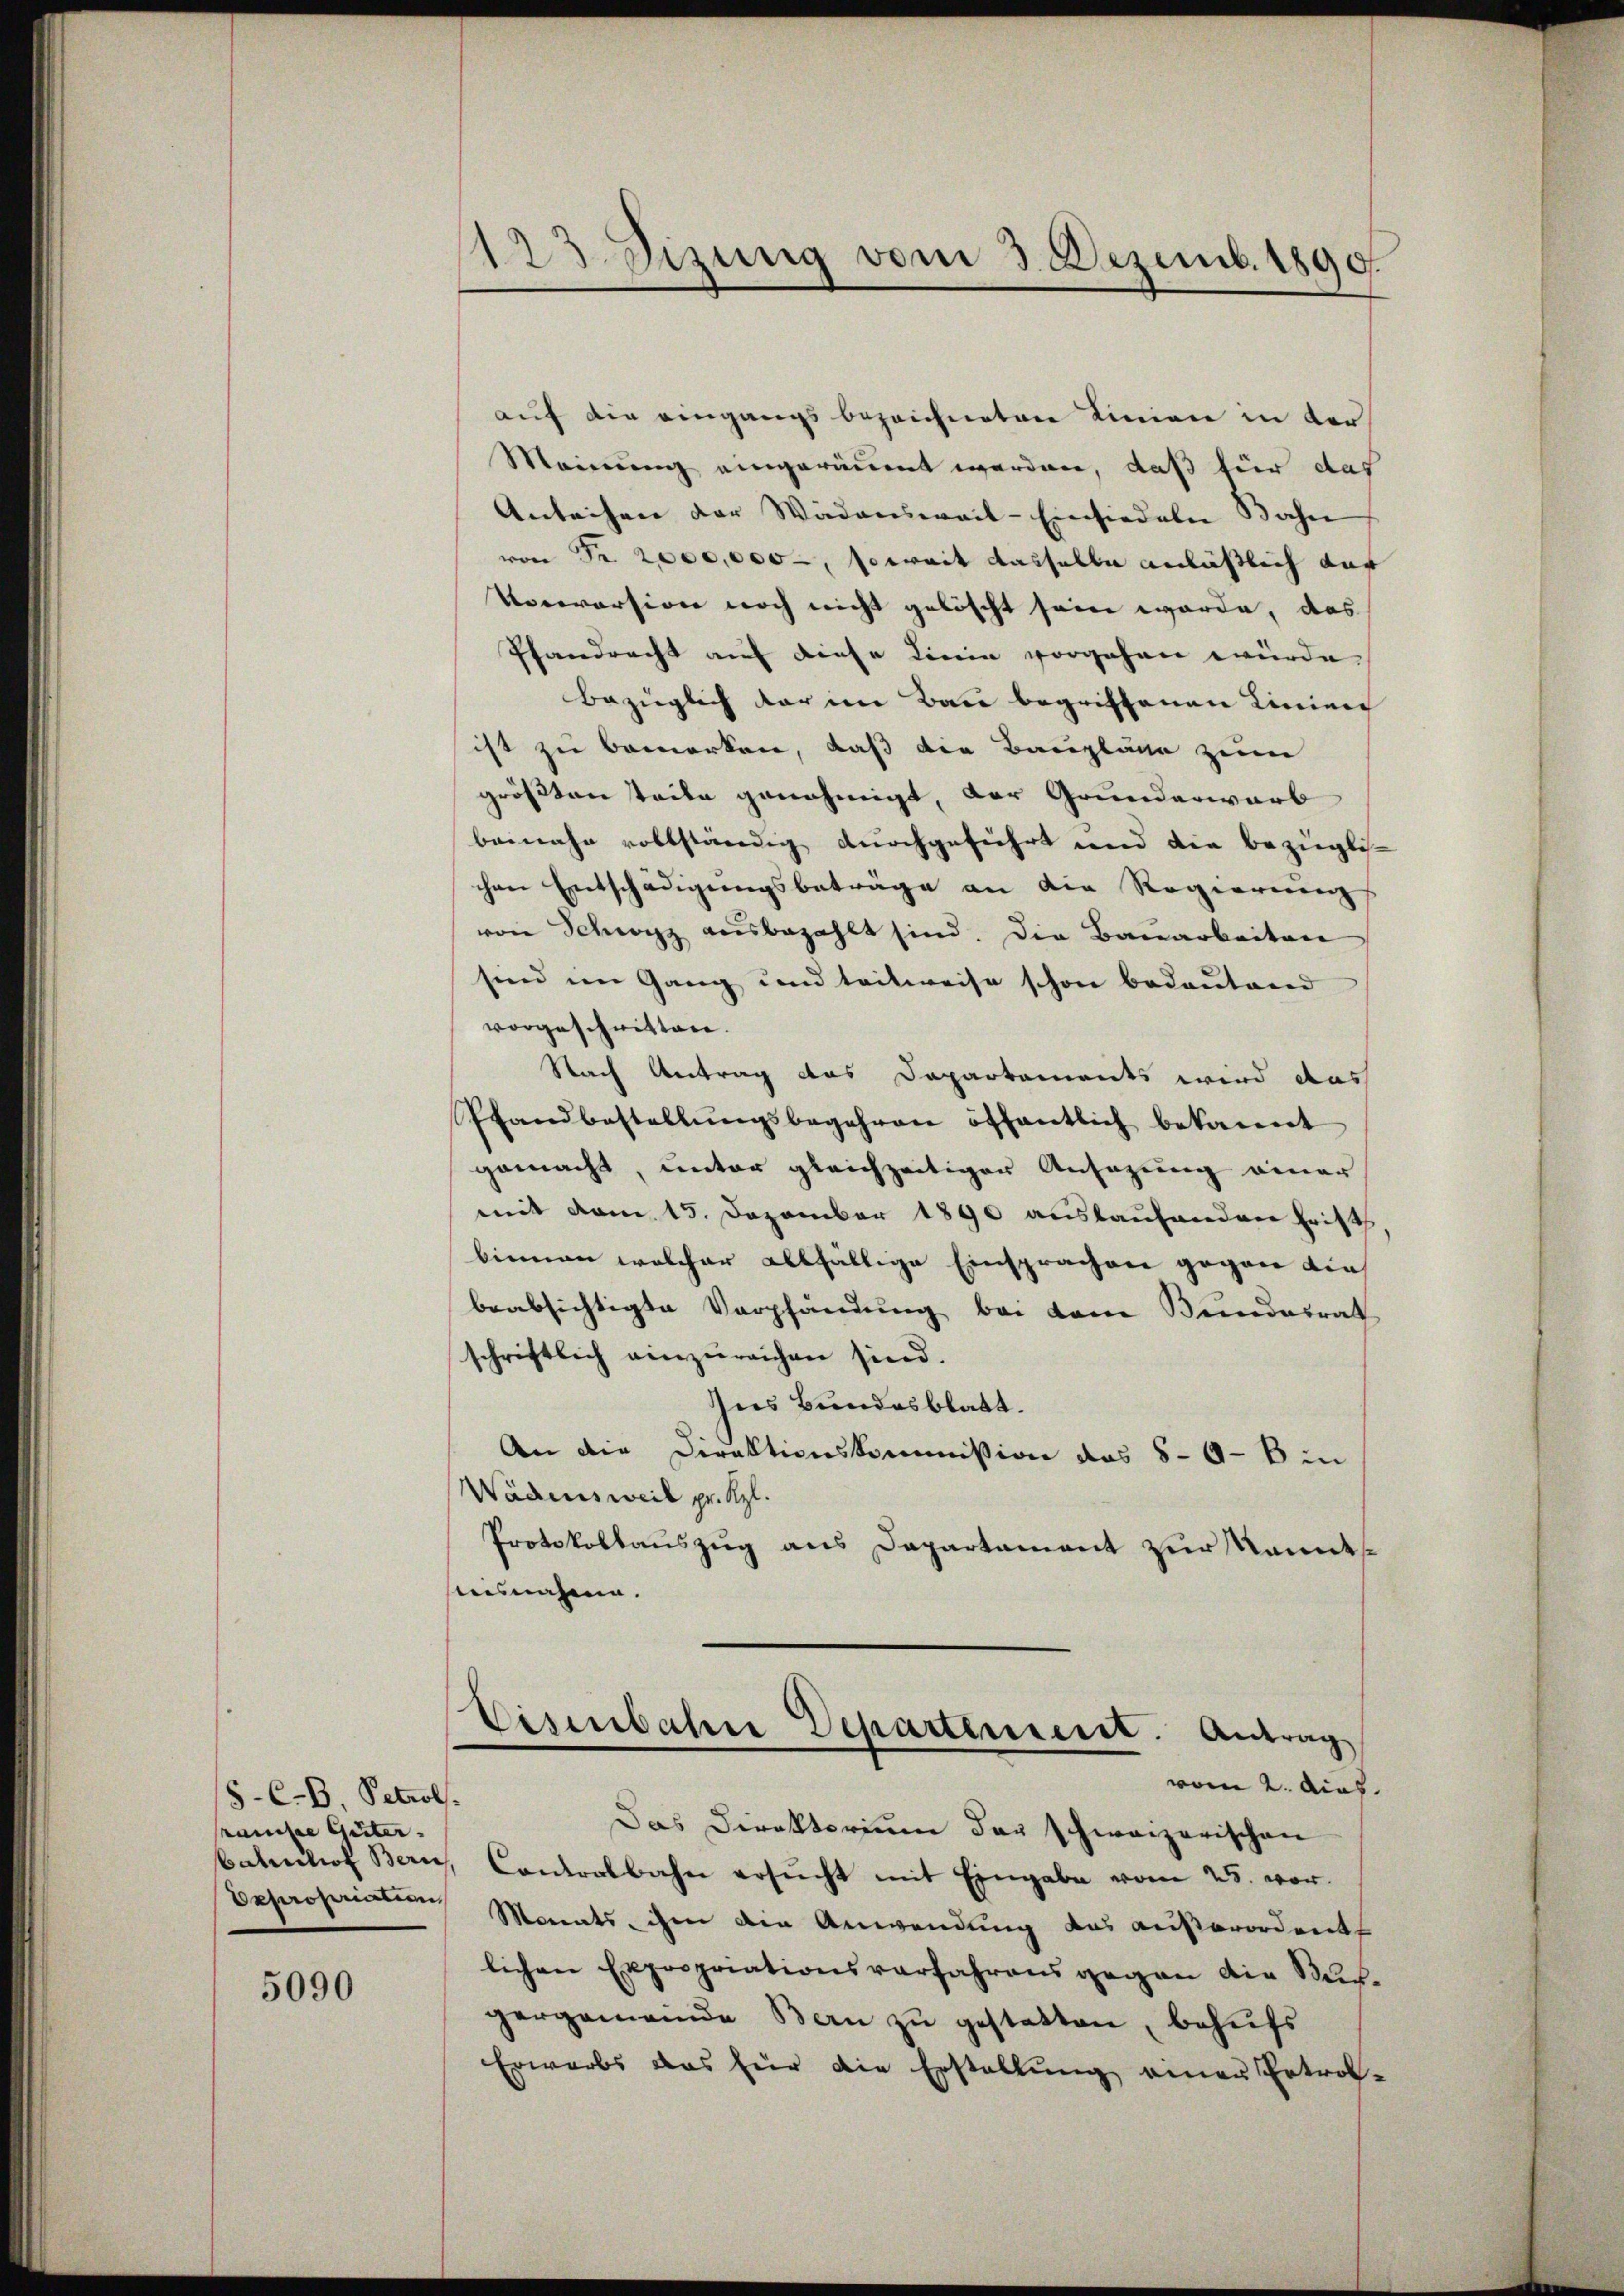
5-C-B Petrol.
ramise Güter- |
Expropriation

5090

123. Sizung vom 3. Dezemb. 1890.

auf die eingangs bezeichneten Linien in der
Meinung eingeräumt werden, daß für das
Anleihen der Wädensweil–Einsiedern Bahn
von Fr. 2000,000, soweit dasselbe anläßlich dar
Roceversion noch nicht gelöscht sein worde, das
Pfandrecht auf diese Linie vorgehen würde
bezüglich dar im Bau begriffenen Linien
ist zu bemerken, daß die Baupläge zum
größten tade genehmigt, der Grunderwarb
beinahe vollständig durchgeführt und die bezüglichen Entschädigungsbeträge an die Regierung
von Schwyz ausbezahlt sind. Die Bauarbeiten
sind im Gang und teilweise schon bedeŭtend
vorgeschritten.
Nach Antrag das Departements wird das
Pfandbestellŭngsbegehren öffentlich bekannt
gemacht, unter gleichzeitiger Ansazung einer
mit vom 15. Dezember 1890 auslaufenden Frist
binnen welcher allfällige Einsprachen gegen dies
beabsichtigte Verpfändung bei dem Bundesrat
schriftlich einzŭreichen sind.
Ins Bundesblatt.
An die Direktionskommission des 8-9- bin
Wadinsweil pr. Kzl.
Protokollauszug aus Departament zur kannt
Ausnahme.

Eisenbahre Departement. Antrag
vom 2. dich.

Das Direktorium der schweizerischen
batentio Bern, Cantorlbahn ersŭcht mit Eingabe vom 25. vor.
Monats, ihm die Anwendung das außerordente
lichen Expropriationsverfahrens gegen die Buch-
gergemeinde Bern zu gestatten, behufs
Erwarbs das für die Erstellŭng einer Entrol-